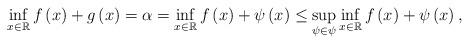
LaTeX: \begin{align*}\inf_{x\in\mathbb{R}}f\left(x\right)+g\left(x\right) =\alpha =\inf_{x\in\mathbb{R}}f\left(x\right)+\psi\left(x\right)\leq \sup_{\psi\in\psi}\inf_{x\in\mathbb{R}}f\left(x\right)+\psi\left(x\right),\end{align*}